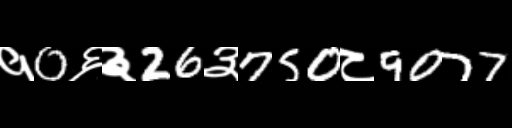
Text: १0६३26३750८9077